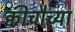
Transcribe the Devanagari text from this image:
क्वीचौच्या